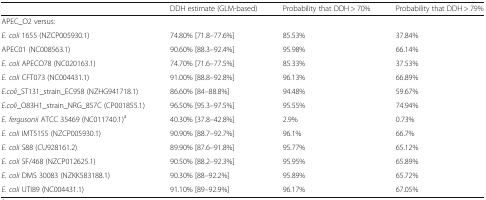
|  | DDH estimate (GLM-based) | Probability that DDH > 70% | Probability that DDH > 79% |
 | --- | --- | --- | --- |
 | <COLSPAN=4> APEC_O2 versus: |
 | E. coli 1655 (NZCP005930.1) | 74.80% [71.8–77.6%] | 85.53% | 37.84% |
 | APEC01 (NC008563.1) | 90.60% [88.3–92.4%] | 95.98% | 66.14% |
 | E. coli APECO78 (NC020163.1) | 74.70% [71.6–77.5%] | 85.33% | 37.53% |
 | E. coli CFT073 (NC004431.1) | 91.00% [88.8–92.8%] | 96.13% | 66.89% |
 | E.coli_ST131_strain_EC958 (NZHG941718.1) | 86.60% [84–88.8%] | 94.48% | 59.67% |
 | E.coli_O83H1_strain_NRG_857C (CP001855.1) | 96.50% [95.3–97.5%] | 95.55% | 74.94% |
 | E. fergusonii ATCC 35469 (NC011740.1)a | 40.30% [37.8–42.8%] | 2.9% | 0.73% |
 | E. coli IMT5155 (NZCP005930.1) | 90.90% [88.7–92.7%] | 96.1% | 66.7% |
 | E. coli S88 (CU928161.2) | 89.90% [87.6–91.8%] | 95.77% | 65.12% |
 | E. coli SF/468 (NZCP012625.1) | 90.50% [88.2–92.3%] | 95.95% | 65.89% |
 | E. coli DMS 30083 (NZKK583188.1) | 90.30% [88–92.2%] | 95.89% | 65.72% |
 | E. coli UTI89 (NC004431.1) | 91.10% [89–92.9%] | 96.17% | 67.05% |